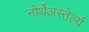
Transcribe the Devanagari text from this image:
नोर्थेअस्तेर्ल्य